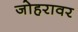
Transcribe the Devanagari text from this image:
जोहरावर